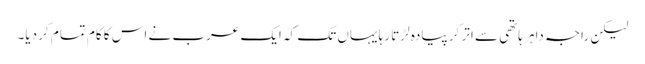
لیکن راجہ داہر ہاتھی سے اتر کر پیادہ لڑتا رہا یہاں تک کہ ایک عرب نے اس کا کام تمام کر دیا۔